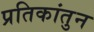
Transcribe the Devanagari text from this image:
प्रतिकांतुन